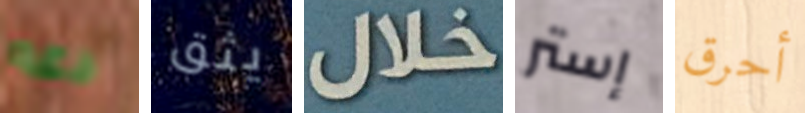
دعه يثق خلال إستر أحرق